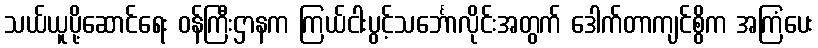
သယ်ယူပို့ဆောင်ရေး ဝန်ကြီးဌာနက ကြယ်ငါးပွင့်သင်္ဘောလိုင်းအတွက် ဒေါက်တာကျင်စွိက အကြံပေး